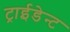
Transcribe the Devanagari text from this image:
ट्राईडेन्ट